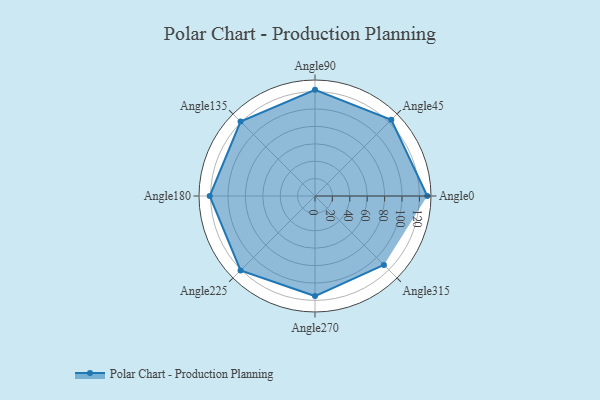
{"axis": {"x": "Angle", "y": "Radius"}, "legend": [""], "data": [{"x": "Angle0", "y": 129.0, "type": ""}, {"x": "Angle45", "y": 124.0, "type": ""}, {"x": "Angle90", "y": 122.0, "type": ""}, {"x": "Angle135", "y": 121.0, "type": ""}, {"x": "Angle180", "y": 121.0, "type": ""}, {"x": "Angle225", "y": 121.0, "type": ""}, {"x": "Angle270", "y": 115.0, "type": ""}, {"x": "Angle315", "y": 112.0, "type": ""}]}